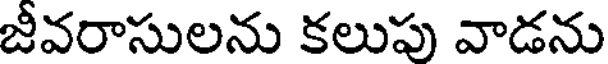
జీవరాసులను కలుపు వాడను